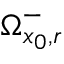
\Omega _ { x _ { 0 } , r } ^ { - }